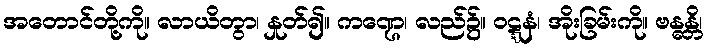
အတောင်တို့ကို။ လာယိတွာ၊ နှုတ်၍။ ကဏ္ဌေ၊ လည်၌။ ဝဋ္ဋနံ၊ အိုးခြမ်းကို။ ဗန္ဓန္တိ၊